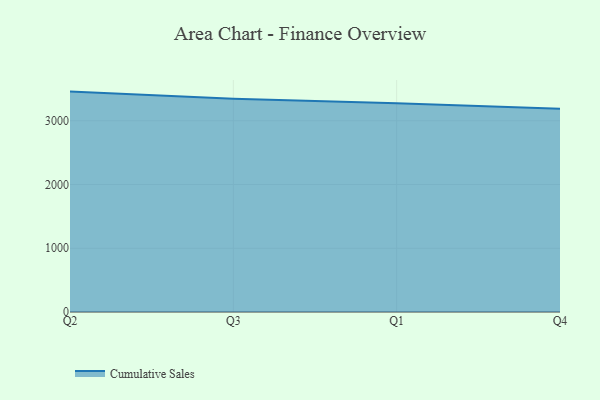
{"axis": {"x": "Quarter", "y": "Bounce Rate (%)"}, "legend": ["Cumulative Sales"], "data": [{"x": "Q2", "y": 3457.5, "type": "Cumulative Sales"}, {"x": "Q3", "y": 3343.6, "type": "Cumulative Sales"}, {"x": "Q1", "y": 3276.2, "type": "Cumulative Sales"}, {"x": "Q4", "y": 3190.4, "type": "Cumulative Sales"}]}